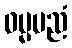
ဓမ္မမညံ